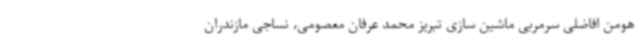
هومن افاضلی سرمربی ماشین سازی تبریز محمد عرفان معصومی، نساجی مازندران